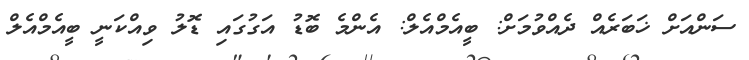
ސަންއަށް ޚަބަރެއް ދެއްވުމަށް: ބީއެމްއެލް: އެންމެ ބޮޑު އަގުގައި ޑޮލު ވިއްކަނީ ބީއެމްއެލް